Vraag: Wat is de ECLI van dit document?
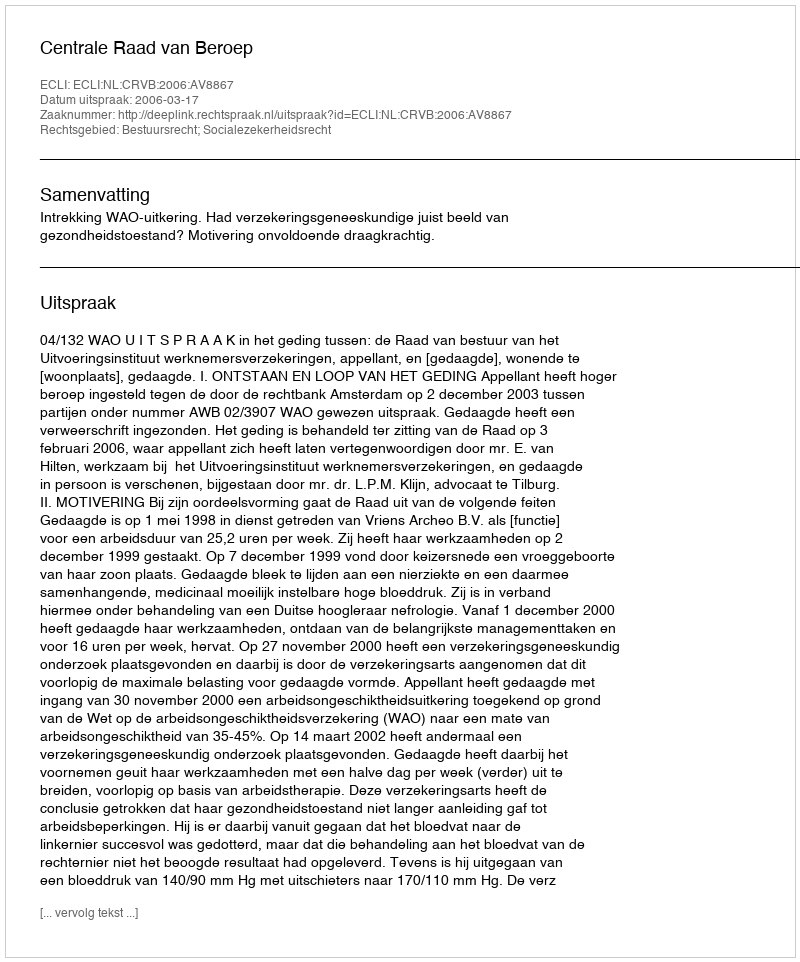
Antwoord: ECLI:NL:CRVB:2006:AV8867